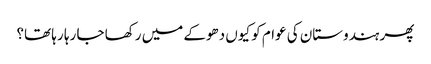
پھر ہندوستان کی عوام کو کیوں دھوکے میں رکھا جا رہا رہا تھا؟